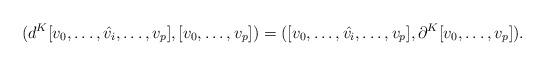
LaTeX: \begin{align*}(d^K[v_0,\dots,\hat{v_i},\dots,v_p],[v_0,\dots,v_p])=([v_0,\dots,\hat{v_i},\dots,v_p],\partial^K[v_0,\dots,v_p]).\end{align*}